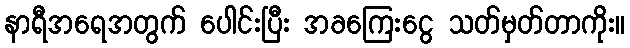
နာရီအရေအတွက် ပေါင်းပြီး အခကြေးငွေ သတ်မှတ်တာကိုး။